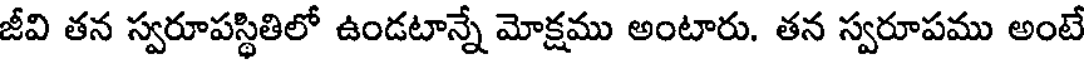
జీవి తన స్వరూపస్థితిలో ఉండటాన్నే మోక్షము అంటారు. తన స్వరూపము అంటే